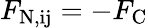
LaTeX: F_{\mathrm{N,ij}}=-F_{\mathrm{C}}